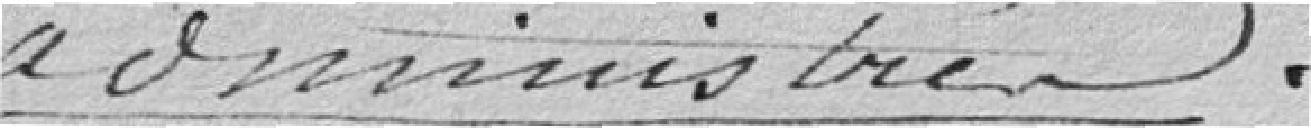
administrés.